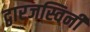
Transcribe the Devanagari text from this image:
द्वारजस्विनी